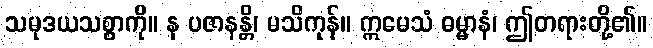
သမုဒယသစ္စာကို။ န ပဇာနန္တိ၊ မသိကုန်။ ဣမေသံ ဓမ္မာနံ၊ ဤတရားတို့၏။